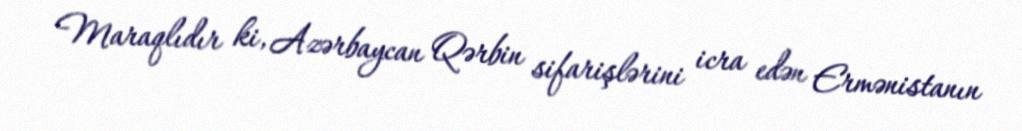
Maraqlıdır ki, Azərbaycan Qərbin sifarişlərini icra edən Ermənistanın